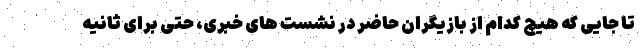
تا جایی که هیچ کدام از بازیگران حاضر در نشست های خبری، حتی برای ثانیه